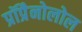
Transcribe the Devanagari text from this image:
प्रॉप्रैनोलोल